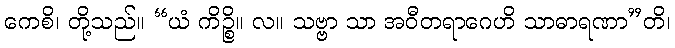
ကေစိ၊ တို့သည်။ “ယံ ကိဉ္စိ။ လ။ သဗ္ဗာ သာ အဝီတရာဂေဟိ သာဓာရဏာ”တိ၊